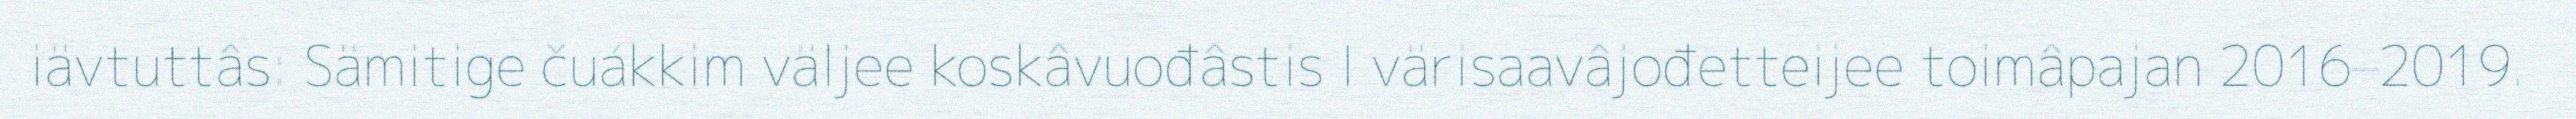
iävtuttâs: Sämitige čuákkim väljee koskâvuođâstis I värisaavâjođetteijee toimâpajan 2016–2019.